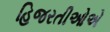
હિજરતીઓએ